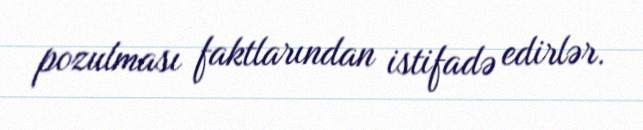
pozulması faktlarından istifadə edirlər.